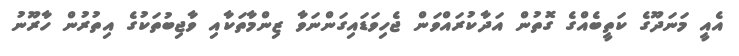
އެއީ މަނަދޫގެ ކަތީބެއްގެ ގޮތުން އަދާކުރައްވަން ޖެހިވަޑައިގަންނަވާ ޒިންމާތަކާއި ވާޖިބުތަކުގެ އިތުރުން ހާރޫނު